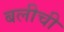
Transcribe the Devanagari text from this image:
बलीची